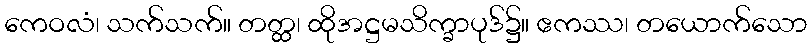
ကေဝလံ၊ သက်သက်။ တတ္ထ၊ ထိုအဋ္ဌမသိက္ခာပုဒ်၌။ ဧကဿ၊ တယောက်သော